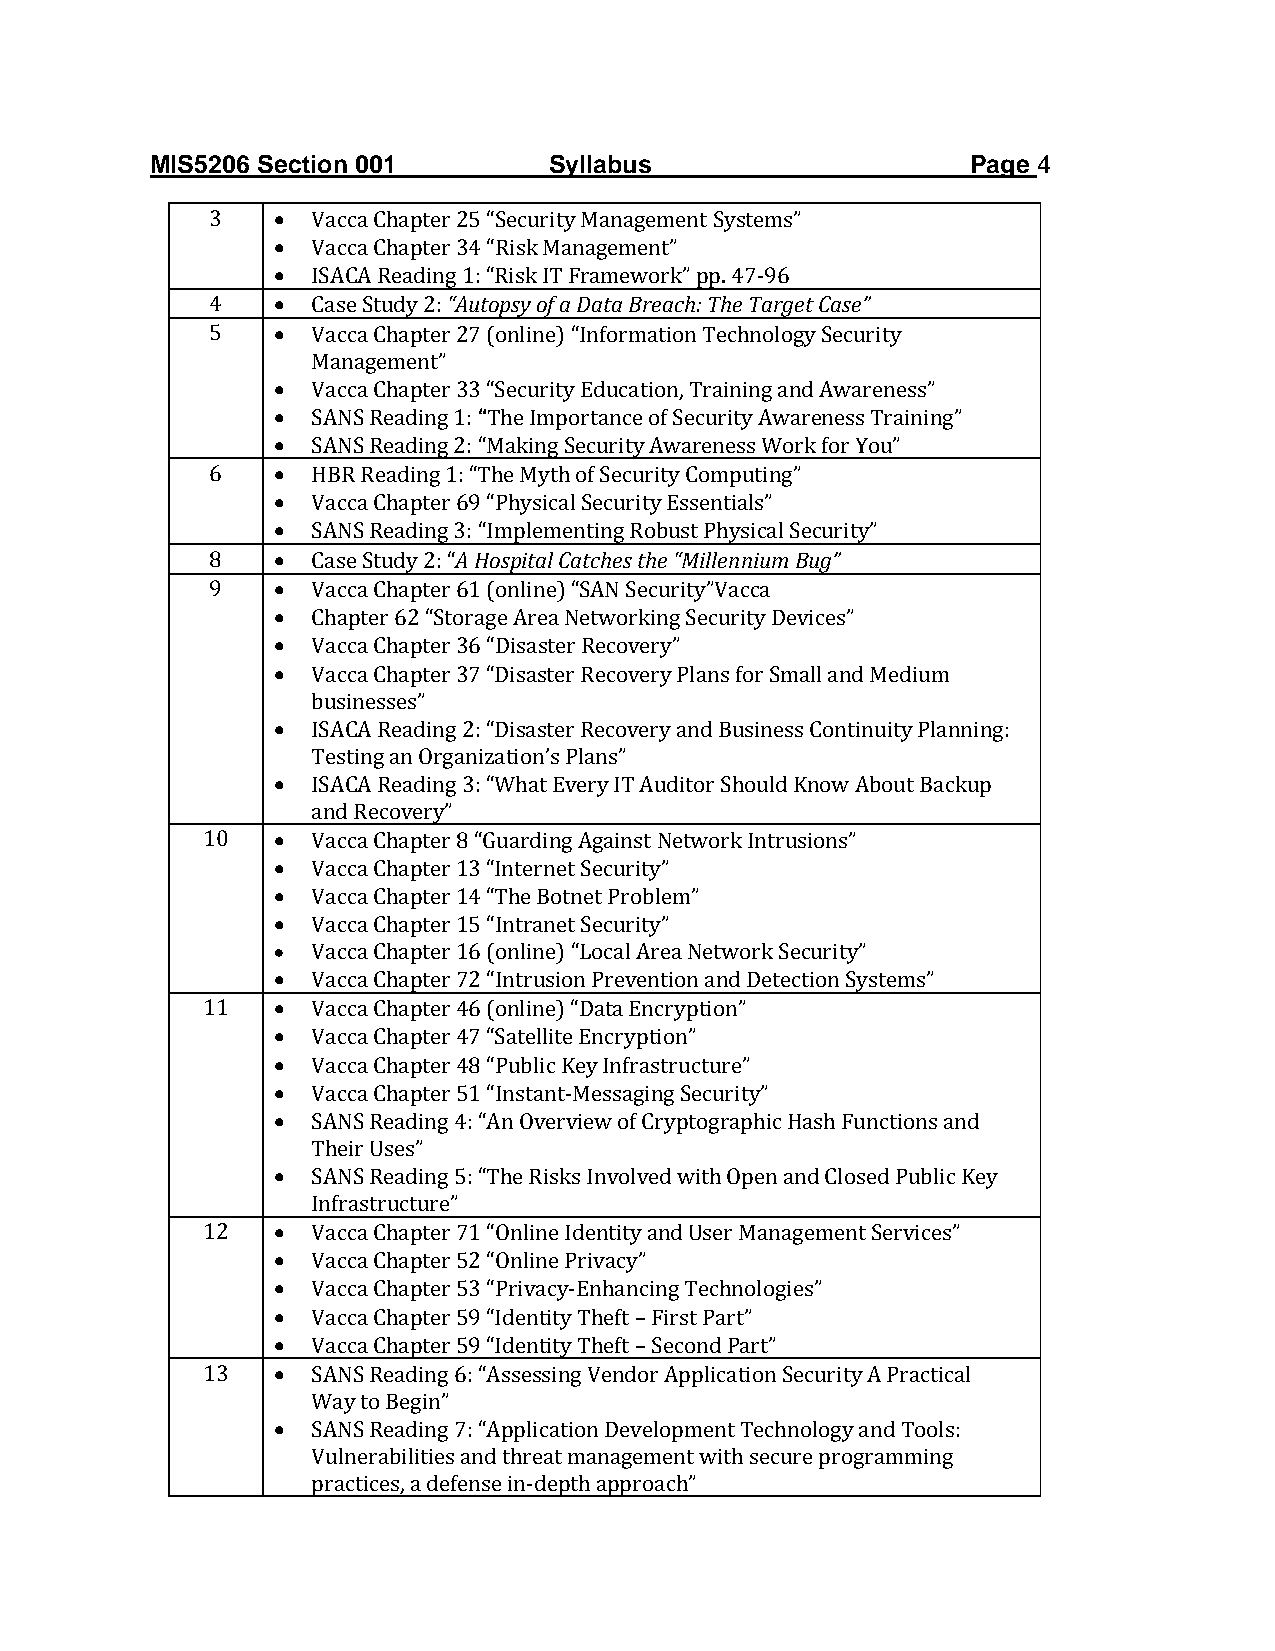
MIS5206 Section 001       Syllabus                    Page 4
 3   •  Vacca Chapter 25 “Security Management Systems”
 •  Vacca Chapter 34 “Risk Management”
 •  ISACA Reading 1: “Risk IT Framework” pp. 47-96
 4   •  Case Study 2: “Autopsy of a Data Breach: The Target Case”
 5   •  Vacca Chapter 27 (online) “Information Technology Security
 Management”
 •  Vacca Chapter 33 “Security Education, Training and Awareness”
 •  SANS Reading 1: “The Importance of Security Awareness Training”
 •  SANS Reading 2: “Making Security Awareness Work for You”
 6   •  HBR Reading 1: “The Myth of Security Computing”
 •  Vacca Chapter 69 “Physical Security Essentials”
 •  SANS Reading 3: “Implementing Robust Physical Security”
 8   •  Case Study 2: “A Hospital Catches the “Millennium Bug”
 9   •  Vacca Chapter 61 (online) “SAN Security”Vacca
 •  Chapter 62 “Storage Area Networking Security Devices”
 •  Vacca Chapter 36 “Disaster Recovery”
 •  Vacca Chapter 37 “Disaster Recovery Plans for Small and Medium
 businesses”
 •  ISACA Reading 2: “Disaster Recovery and Business Continuity Planning:
 Testing an Organization’s Plans”
 •  ISACA Reading 3: “What Every IT Auditor Should Know About Backup
 and Recovery”
 10   •  Vacca Chapter 8 “Guarding Against Network Intrusions”
 •  Vacca Chapter 13 “Internet Security”
 •  Vacca Chapter 14 “The Botnet Problem”
 •  Vacca Chapter 15 “Intranet Security”
 •  Vacca Chapter 16 (online) “Local Area Network Security”
 •  Vacca Chapter 72 “Intrusion Prevention and Detection Systems”
 11   •  Vacca Chapter 46 (online) “Data Encryption”
 •  Vacca Chapter 47 “Satellite Encryption”
 •  Vacca Chapter 48 “Public Key Infrastructure”
 •  Vacca Chapter 51 “Instant-Messaging Security”
 •  SANS Reading 4: “An Overview of Cryptographic Hash Functions and
 Their Uses”
 •  SANS Reading 5: “The Risks Involved with Open and Closed Public Key
 Infrastructure”
 12   •  Vacca Chapter 71 “Online Identity and User Management Services”
 •  Vacca Chapter 52 “Online Privacy”
 •  Vacca Chapter 53 “Privacy-Enhancing Technologies”
 •  Vacca Chapter 59 “Identity Theft – First Part”
 •  Vacca Chapter 59 “Identity Theft – Second Part”
 13   •  SANS Reading 6: “Assessing Vendor Application Security A Practical
 Way to Begin”
 •  SANS Reading 7: “Application Development Technology and Tools:
 Vulnerabilities and threat management with secure programming
 practices, a defense in-depth approach”